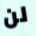
لن